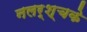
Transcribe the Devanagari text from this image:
नलर्श्चके